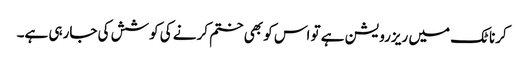
کرناٹک میں ریزرویشن ہے تو اس کو بھی ختم کرنے کی کوشش کی جارہی ہے۔